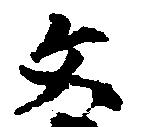
文